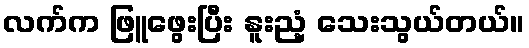
လက်က ဖြူဖွေးပြီး နူးညံ့ သေးသွယ်တယ်။